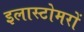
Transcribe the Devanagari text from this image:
इलास्टोमरों